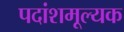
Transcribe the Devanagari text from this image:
पदांशमूल्यक